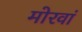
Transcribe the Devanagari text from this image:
मोरवां